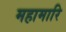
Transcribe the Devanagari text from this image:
महामारि